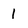
Character: 1